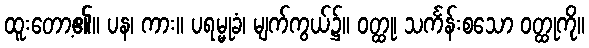
ထူးတော့၏။ ပန၊ ကား။ ပရမ္မုခံ၊ မျက်ကွယ်၌။ ဝတ္ထု၊ သင်္ကန်းစသော ဝတ္ထုကို။